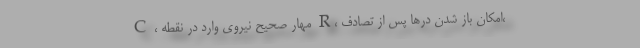
C ، مهار صحیح نیروی وارد در نقطه R، امکان باز شدن درها پس از تصادف،